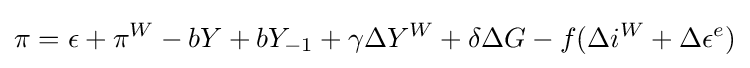
\pi =\epsilon +\pi ^{W}-bY+bY_{-1}+\gamma \Delta Y^{W}+\delta \Delta G-f(\Delta i^{W}+\Delta \epsilon ^{e})